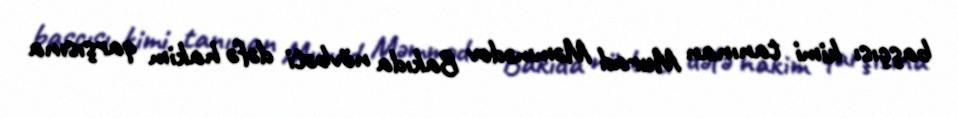
başçısı kimi tanınan Murad Məmmədov Bakıda növbəti dəfə hakim qarşısına